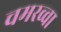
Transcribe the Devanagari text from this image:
चमरव्‍वा